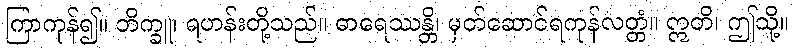
ကြာကုန်၍။ ဘိက္ခူ၊ ရဟန်းတို့သည်။ ဓာရေဿန္တိ၊ မှတ်ဆောင်ရကုန်လတ္တံ။ ဣတိ၊ ဤသို့။